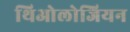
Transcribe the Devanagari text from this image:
थिओलोजियन